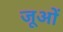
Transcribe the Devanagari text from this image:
जूओं